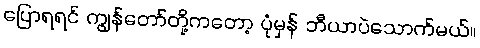
ပြောရရင် ကျွန်တော်တို့ကတော့ ပုံမှန် ဘီယာပဲသောက်မယ်။